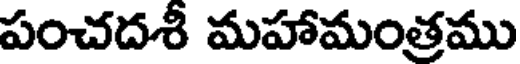
పంచదశీ మహామంత్రము